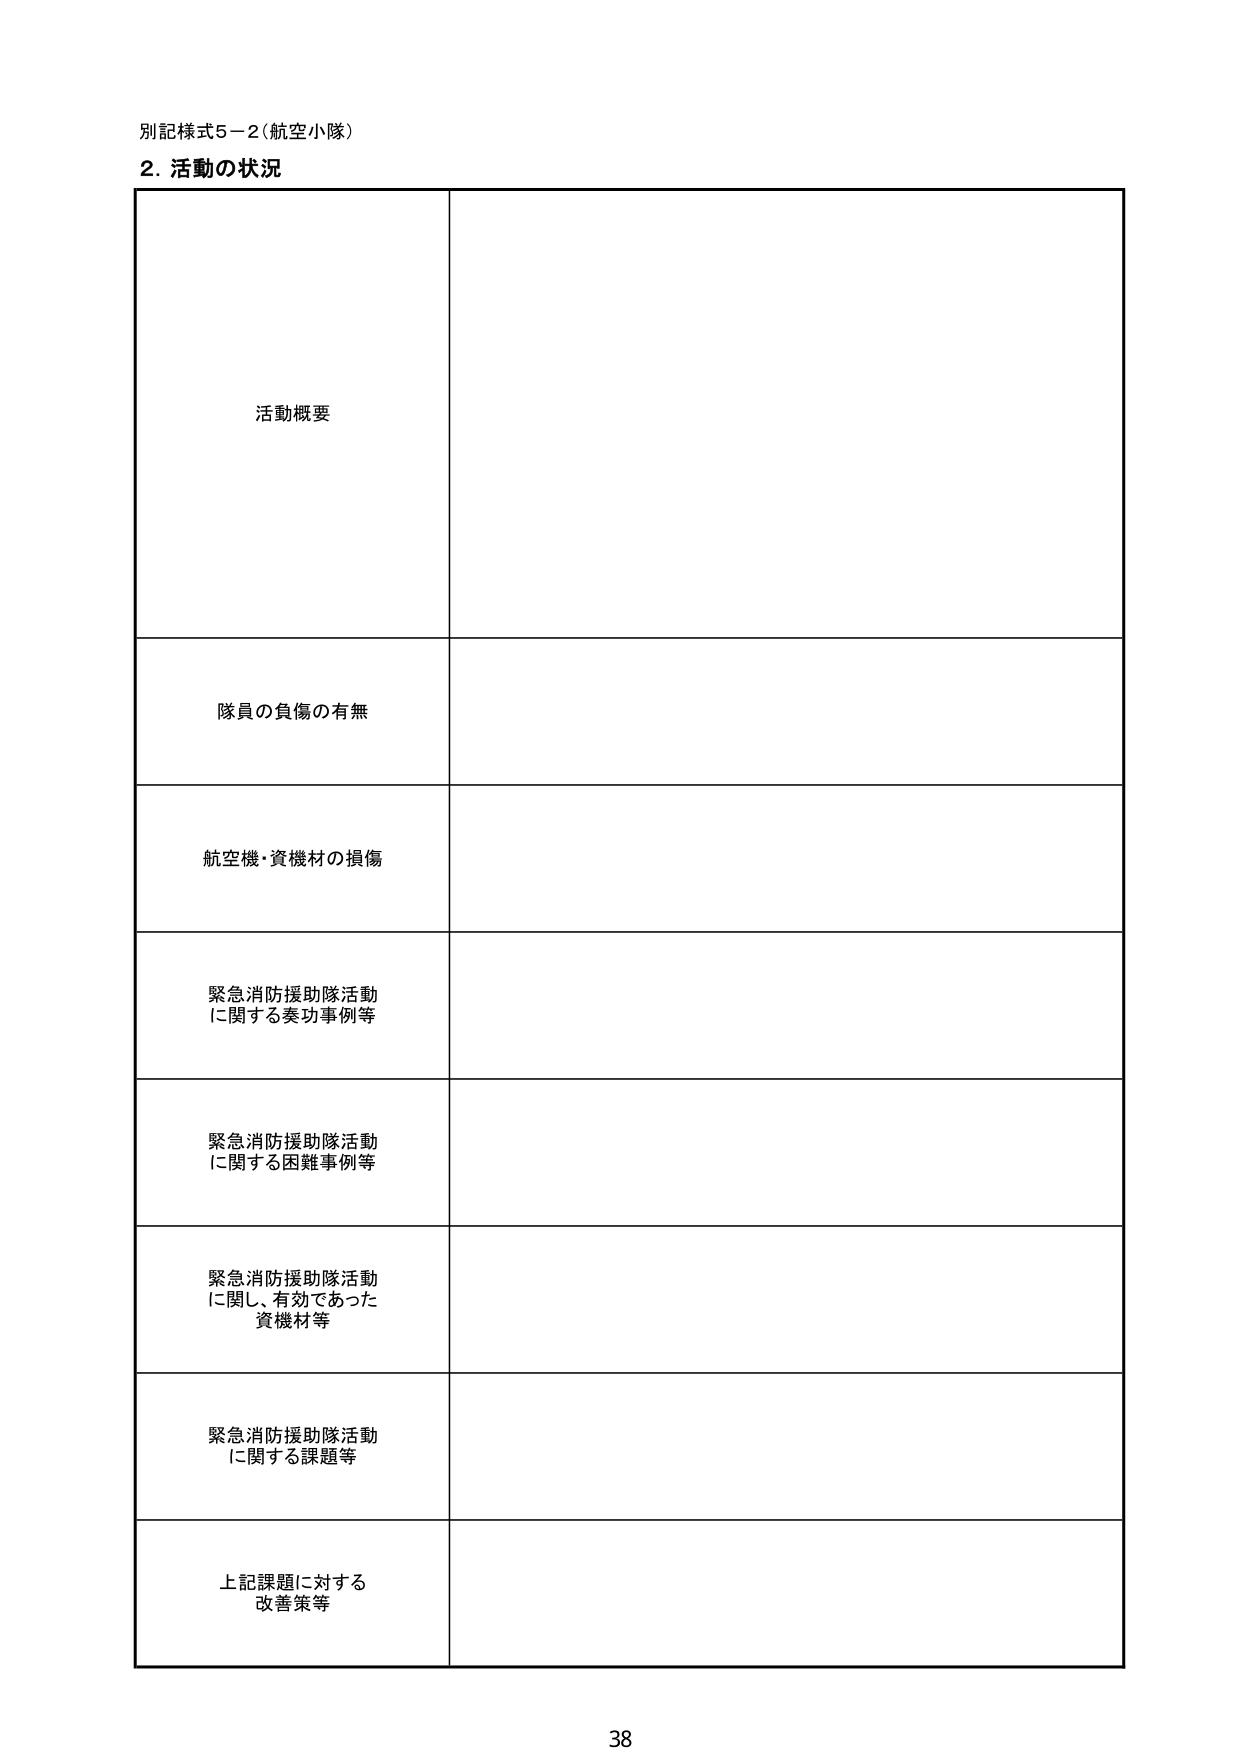
別記様式5－2（航空小隊）
2. 活動の状況
活動概要
隊員の負傷の有無
航空機・資機材の損傷
緊急消防援助隊活動に関する奏功事例等
緊急消防援助隊活動に関する困難事例等
緊急消防援助隊活動に関し、有効であった資機材等
緊急消防援助隊活動に関する課題等
上記課題に対する改善策等
38